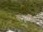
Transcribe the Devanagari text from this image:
तत्पूर्वीच